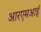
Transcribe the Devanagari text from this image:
आरएमआई